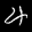
Label: 4